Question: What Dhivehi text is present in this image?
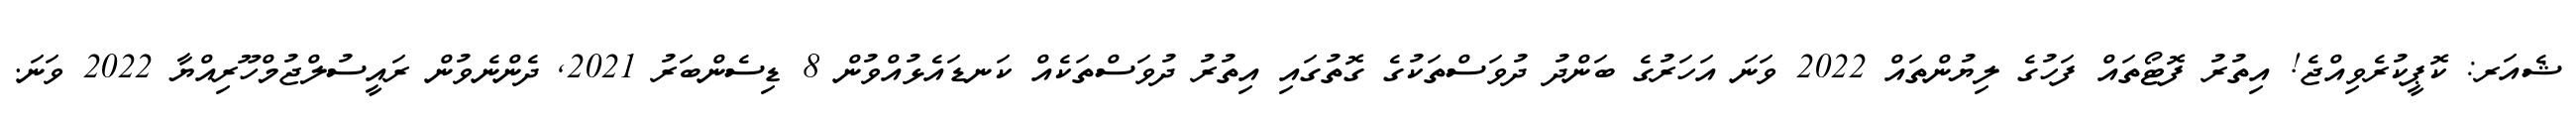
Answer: ޝެއަރ: ކޮޕީކުރެވިއްޖެ! އިތުރު ފޮޓޯތައް ފަހުގެ ލިޔުންތައް 2022 ވަނަ އަހަރުގެ ބަންދު ދުވަސްތަކުގެ ގޮތުގައި އިތުރު ދުވަސްތަކެއް ކަނޑައެޅުއްވުން 8 ޑިސެންބަރު 2021, ދެންނެވުން ރައީސުލްޖުމްހޫރިއްޔާ 2022 ވަނަ.